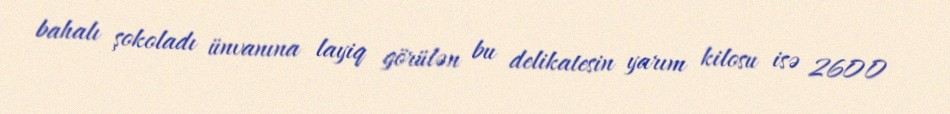
bahalı şokoladı ünvanına layiq görülən bu delikatesin yarım kilosu isə 2600